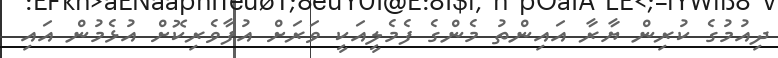
ދިއުމުގެ ކުރިން ޔާރާ އައިންތު މެންގެ ފެމެލީއަކީ ވަރަށް އުފާވެރިކޮށް އުޅެމުން އައި